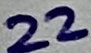
Text: 22